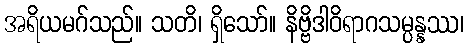
အရိယမဂ်သည်။ သတိ၊ ရှိသော်။ နိဗ္ဗိဒါဝိရာဂသမ္ပန္နဿ၊